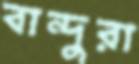
বান্দুরা